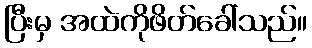
ပြီးမှ အထဲကိုဖိတ်ခေါ်သည်။